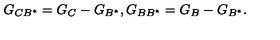
G _ { C B ^ { \ast } } = G _ { C } - G _ { B ^ { \ast } } , G _ { B B ^ { \ast } } = G _ { B } - G _ { B ^ { \ast } } .